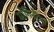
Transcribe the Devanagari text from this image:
योगिनीचा